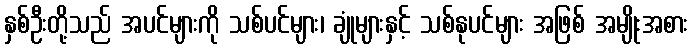
နှစ်ဦးတို့သည် အပင်များကို သစ်ပင်များ၊ ချုံများနှင့် သစ်နုပင်များ အဖြစ် အမျိုးအစား